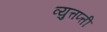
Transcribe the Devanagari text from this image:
व्युत्तप्त्ती